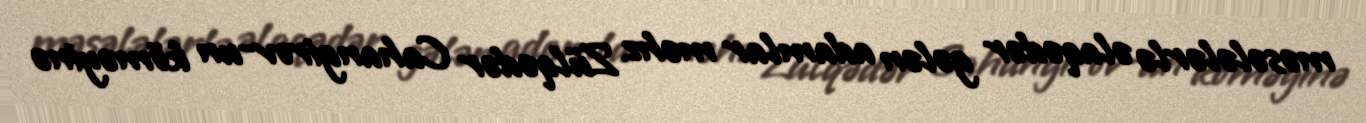
məsələlərlə əlaqədər gələn adamlar məhz Zülqədər Cahangirov-un köməyinə